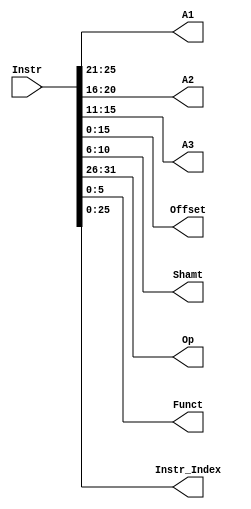
`timescale 1ns / 1ps
//////////////////////////////////////////////////////////////////////////////////
// Company: 
// Engineer: 
// 
// Design Name: 
// Module Name:    splitter 
// Project Name: 
// Target Devices: 
// Tool versions: 
// Description: 
//
// Dependencies: 
//
// Revision: 
// Revision 0.01 - File Created
// Additional Comments: 
//
//////////////////////////////////////////////////////////////////////////////////
module splitter(
    input [31:0] Instr,
	 
    output [4:0] A1,
    output [4:0] A2,
    output [4:0] A3,
    output [15:0] Offset,
    output [4:0] Shamt,
    output [5:0] Op,
    output [5:0] Funct,
    output [25:0] Instr_Index
    );

    assign Funct = Instr[5:0];
    assign Shamt = Instr[10:6];
    assign A3 = Instr[15:11];
    assign A2 = Instr[20:16];
    assign A1 = Instr[25:21];
    assign Op = Instr[31:26];

    assign Instr_Index = Instr[25:0];
    assign Offset = Instr[15:0];

endmodule